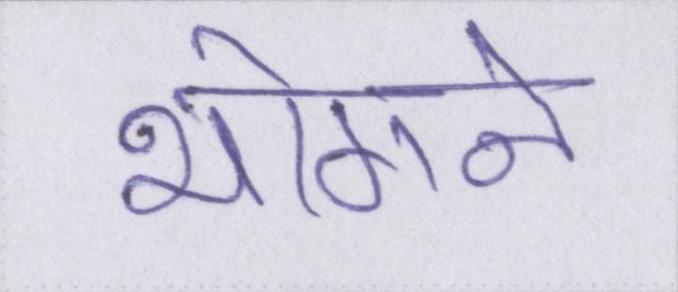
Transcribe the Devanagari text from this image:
भोगने